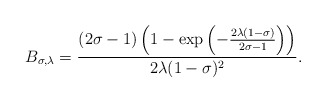
\begin{align*} B_{\sigma,\lambda}=\dfrac{(2\sigma-1)\left(1-\exp\left(-\frac{2\lambda(1-\sigma)}{2\sigma-1}\right)\right)}{2\lambda(1-\sigma)^2}.\end{align*}